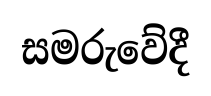
සමරුවේදී